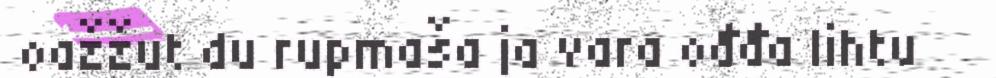
oažžut du rupmaša ja vara ođđa lihtu